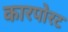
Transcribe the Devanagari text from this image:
कारपोरट